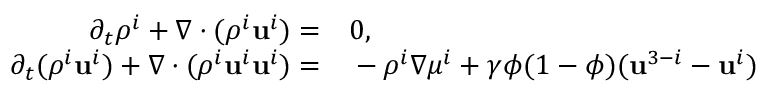
\begin{array} { r l } { \partial _ { t } \rho ^ { i } + \nabla \cdot ( \rho ^ { i } \mathbf { u } ^ { i } ) = } & { { } 0 , } \\ { \partial _ { t } ( \rho ^ { i } \mathbf { u } ^ { i } ) + \nabla \cdot ( \rho ^ { i } \mathbf { u } ^ { i } \mathbf { u } ^ { i } ) = } & { { } - \rho ^ { i } \nabla \mu ^ { i } + \gamma \phi ( 1 - \phi ) ( \mathbf { u } ^ { 3 - i } - \mathbf { u } ^ { i } ) } \end{array}